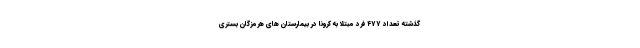
گذشته تعداد ۴۷۷ فرد مبتلا به کرونا در بیمارستان های هرمزگان بستری